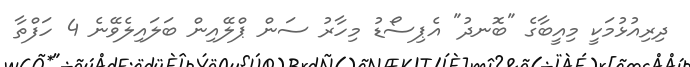
ދިރިއުޅުމަކީ މިއީބާގެ "ބޮނދު" އެޕިސޯޑު މިހާރު ސަން ޕްލޭއިން ބަލައިލެވޭނެ 4 ހަފްތާ